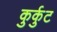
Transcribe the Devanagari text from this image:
कुर्कुट